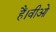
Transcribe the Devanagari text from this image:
हैं।वीओ